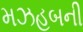
મઝહબની